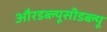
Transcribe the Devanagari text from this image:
औरडब्ल्यूसीडब्ल्यू